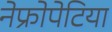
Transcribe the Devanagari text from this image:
नेफ्रोपेटिया